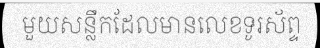
មួយសន្លឹកដែលមានលេខទូរស័ព្ទ